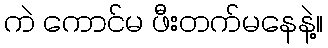
ကဲ ကောင်မ ဖီးတက်မနေနဲ့။